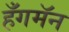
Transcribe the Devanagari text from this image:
हँगमॅन